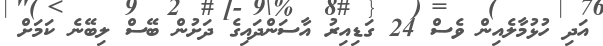
އަދި ހުޅުމާލެއިން ވެސް 24 ގަޑިއިރު އާސަންދައިގެ ދަށުން ބޭސް ލިބޭނެ ކަމަށް